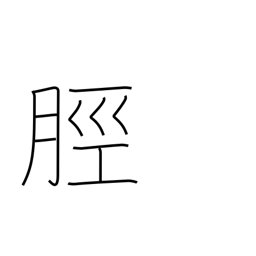
Meaning: leg